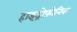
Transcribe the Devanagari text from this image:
हाइड्रोफ़ोनिक